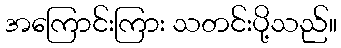
အကြောင်းကြား သတင်းပို့သည်။